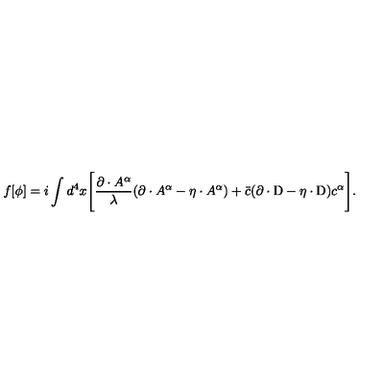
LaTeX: f [ \phi ] = i \int d ^ { 4 } x \Biggl [ { \frac { \partial \cdot A ^ { \alpha } } { \lambda } } ( \partial \cdot A ^ { \alpha } - \eta \cdot A ^ { \alpha } ) + { \bar { c } } ( \partial \cdot \mathrm { D } - \eta \cdot \mathrm { D } ) c ^ { \alpha } \Biggr ] .